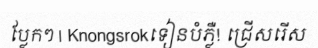
ប្លែកៗ | Knongsrokទៀនបំភ្លឺ! ជ្រើសរើស